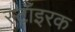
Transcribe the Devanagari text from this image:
स्टॉइरक